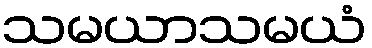
သမယာသမယံ